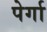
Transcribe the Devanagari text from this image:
पेर्गा